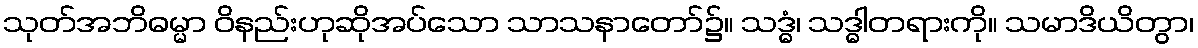
သုတ်အဘိဓမ္မာ ဝိနည်းဟုဆိုအပ်သော သာသနာတော်၌။ သဒ္ဓံ၊ သဒ္ဓါတရားကို။ သမာဒိယိတွာ၊